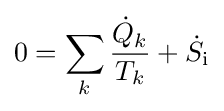
0=\sum _{k}{\frac {{\dot {Q}}_{k}}{T_{k}}}+{\dot {S}}_{\text{i}}